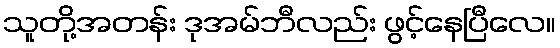
သူတို့အတန်း ဒုအမ်ဘီလည်း ဖွင့်နေပြီလေ။